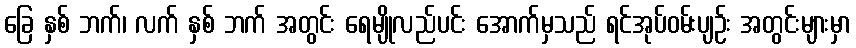
ခြေ နှစ် ဘက်၊ လက် နှစ် ဘက် အတွင်း ရေမျိုလည်ပင်း အောက်မှသည် ရင်အုပ်ဝမ်းပျဉ်း အတွင်းများမှာ